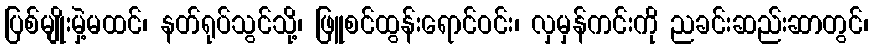
ပြစ်မျိုးမှဲ့မထင်၊ နတ်ရုပ်သွင်သို့၊ ဖြူစင်ထွန်းရောင်ဝင်း၊ လှမှန်ကင်းကို ညခင်းဆည်းဆာတွင်၊